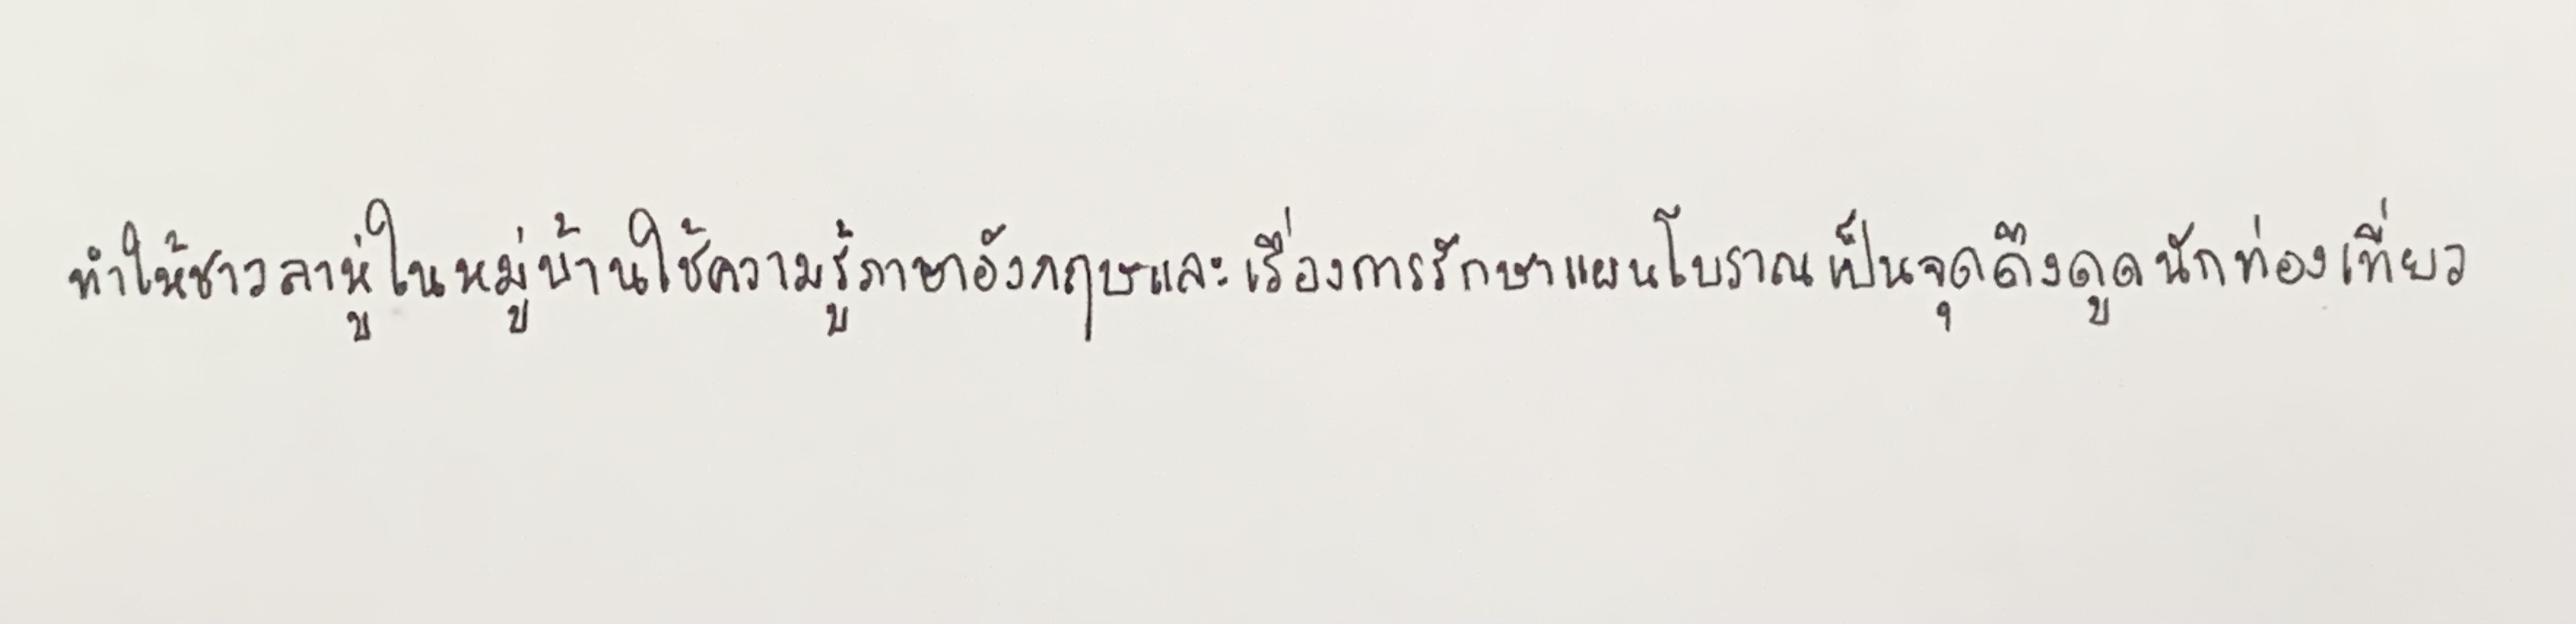
ทำให้ชาวลาหู่ในหมู่บ้านใช้ความรู้ภาษาอังกฤษและเรื่องการรักษาแผนโบราณเป็นจุดดึงดูดนักท่องเที่ยว